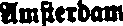
Amsterdam